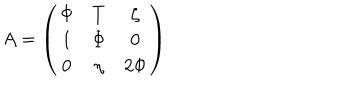
A = \left( \begin{array} { c c c } { { \Phi } } & { { T } } & { { \zeta } } \\ { { 1 } } & { { \Phi } } & { { 0 } } \\ { { 0 } } & { { \eta } } & { { 2 \Phi } } \\ \end{array} \right)